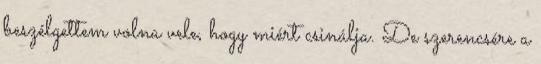
beszélgettem volna vele, hogy miért csinálja. De szerencsére a